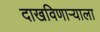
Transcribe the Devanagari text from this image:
दाखविणाऱ्याला